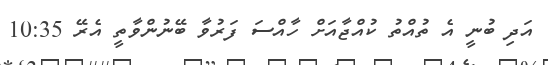
އަދި ބުނީ އެ ތުއްތު ކުއްޖާއަށް ހާއްސަ ފަރުވާ ބޭނުންވާތީ އެރޭ 10:35